Senior Leaving Certificate Examination (including Day School Certificate (Higher) General paper), 1948
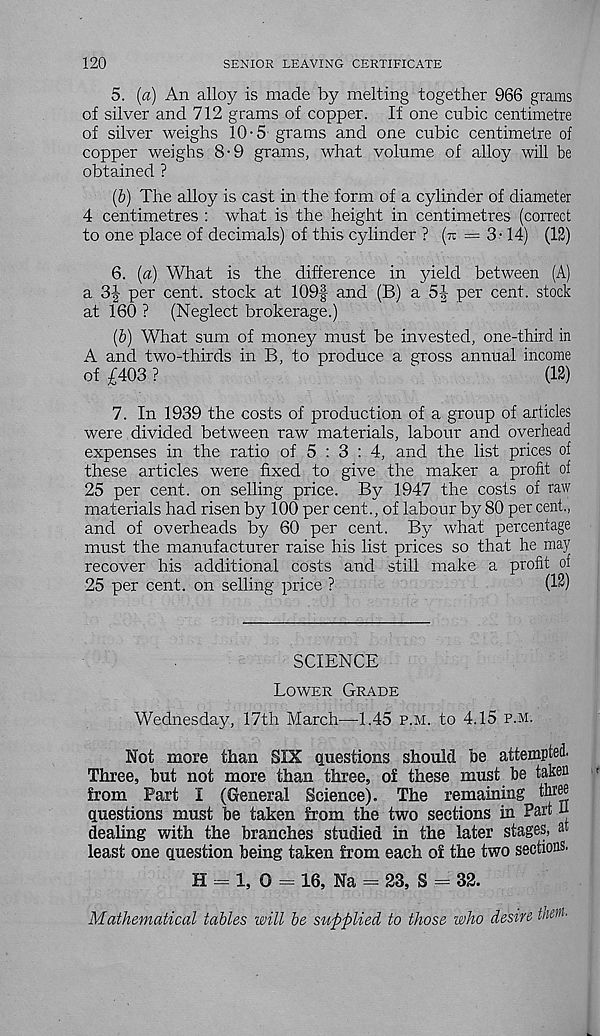
120
SENIOR LEAVING CERTIFICATE
5. (a) An alloy is made by melting together 966 grams
of silver and 712 grams of copper. If one cubic centimetre
of silver weighs 10-5 grams and one cubic centimetre of
copper weighs 8-9 grams, what volume of alloy will be
obtained ?
(b) The alloy is cast in the form of a cylinder of diametei
4 centimetres : what is the height in centimetres (correct
to one place of decimals) of this cylinder ? (tt = 3 -14) (12)
6. (a) What is the difference in yield between (A)
a 3| per cent, stock at 109f and (B) a 54 per cent, stock
at 160 ? (Neglect brokerage.)
(b) What sum of money must be invested, one-third in
A and two-thirds in B, to produce a gross annual income
of £403 ?
(12)
7. In 1939 the costs of production of a group of articles
were divided between raw materials, labour and overhead
expenses in the ratio of 5 : 3 : 4, and the list prices of
these articles were fixed to give the maker a profit of
25 per cent, on selling price. By 1947 the costs of raw
materials had risen by 100 per cent., of labour by 80 per cent.,
and of overheads by 60 per cent. By what percentage
must the manufacturer raise his list prices so that he may
recover his additional costs and still make a profit of
25 per cent, on selling price ?
(12)
SCIENCE
Lower Grade
Wednesday, 17th March—1.45 p.m. to 4.15 p.m.
Not more than SIX questions should be attempted.
Three, but not more than three, o£ these must be taken
from Part I (General Science). The remaining three
questions must be taken from the two sections in Part n
dealing with the branches studied in the later stages, at
least one question being taken from each of the two sections.
H = 1, G = 16, Na = 23, S = 32.
Mathematical tables will be supplied to those who desire them.